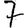
Digit: 7